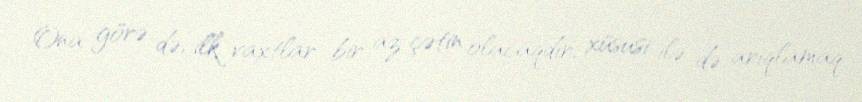
Ona görə də, ilk vaxtlar bir az çətin olacaqdır, xüsusi ilə də arıqlamaq